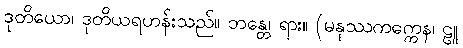
ဒုတိယော၊ ဒုတိယရဟန်းသည်။ ဘန္တေ၊ ရား။ (မနုဿကက္ကေန၊ ဠူ